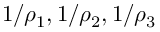
1 / \rho _ { 1 } , 1 / \rho _ { 2 } , 1 / \rho _ { 3 }